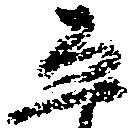
ゑ